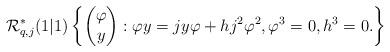
LaTeX: \begin{align*} {\mathcal R}^*_{q,j}(1|1) \left\{\begin{pmatrix} \varphi \\ y \end{pmatrix}: \varphi y=jy\varphi+hj^2\varphi^2, \varphi^3=0, h^3=0.\right\}\end{align*}